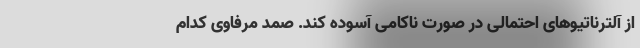
از آلترناتیوهای احتمالی در صورت ناکامی آسوده کند. صمد مرفاوی کدام